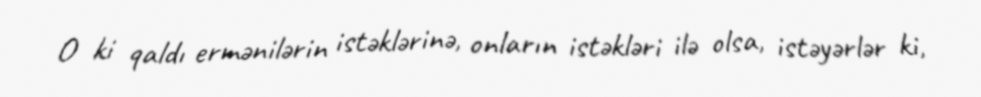
O ki qaldı ermənilərin istəklərinə, onların istəkləri ilə olsa, istəyərlər ki,